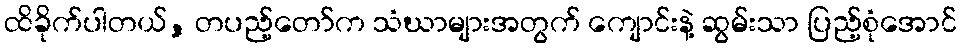
ထိခိုက်ပါတယ်, တပည့်တော်က သံဃာများအတွက် ကျောင်းနဲ့ ဆွမ်းသာ ပြည့်စုံအောင်